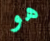
هو